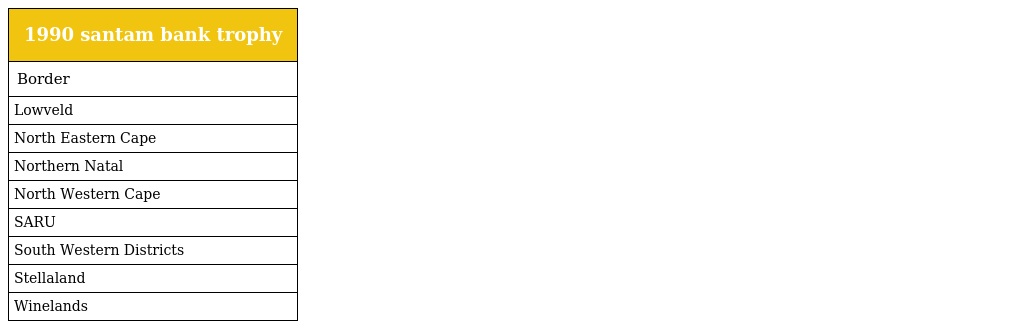
| 1990 santam bank trophy |
 | --- |
 | Border |
 | Lowveld |
 | North Eastern Cape |
 | Northern Natal |
 | North Western Cape |
 | SARU |
 | South Western Districts |
 | Stellaland |
 | Winelands |